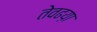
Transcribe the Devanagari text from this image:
तेवढय़ा